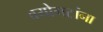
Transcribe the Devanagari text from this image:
वयोगटांना